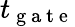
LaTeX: t_{\mathrm{~g~a~t~e~}}